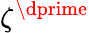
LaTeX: \zeta^{\dprime}